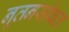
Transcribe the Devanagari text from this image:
नूतनसोबत